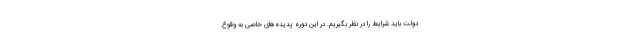
دولت باید شرایط را در نظر بگیریم. در این دوره پدیده‌های خاصی به وقوع